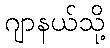
ဂျာနယ်သို့